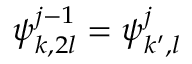
\boldsymbol { \psi } _ { k , 2 l } ^ { j - 1 } = \boldsymbol { \psi } _ { k ^ { \prime } , l } ^ { j }